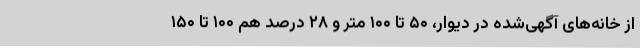
از خانه‌های آگهی‌شده در دیوار، ۵۰ تا ۱۰۰ متر و ۲۸ درصد هم ۱۰۰ تا ۱۵۰